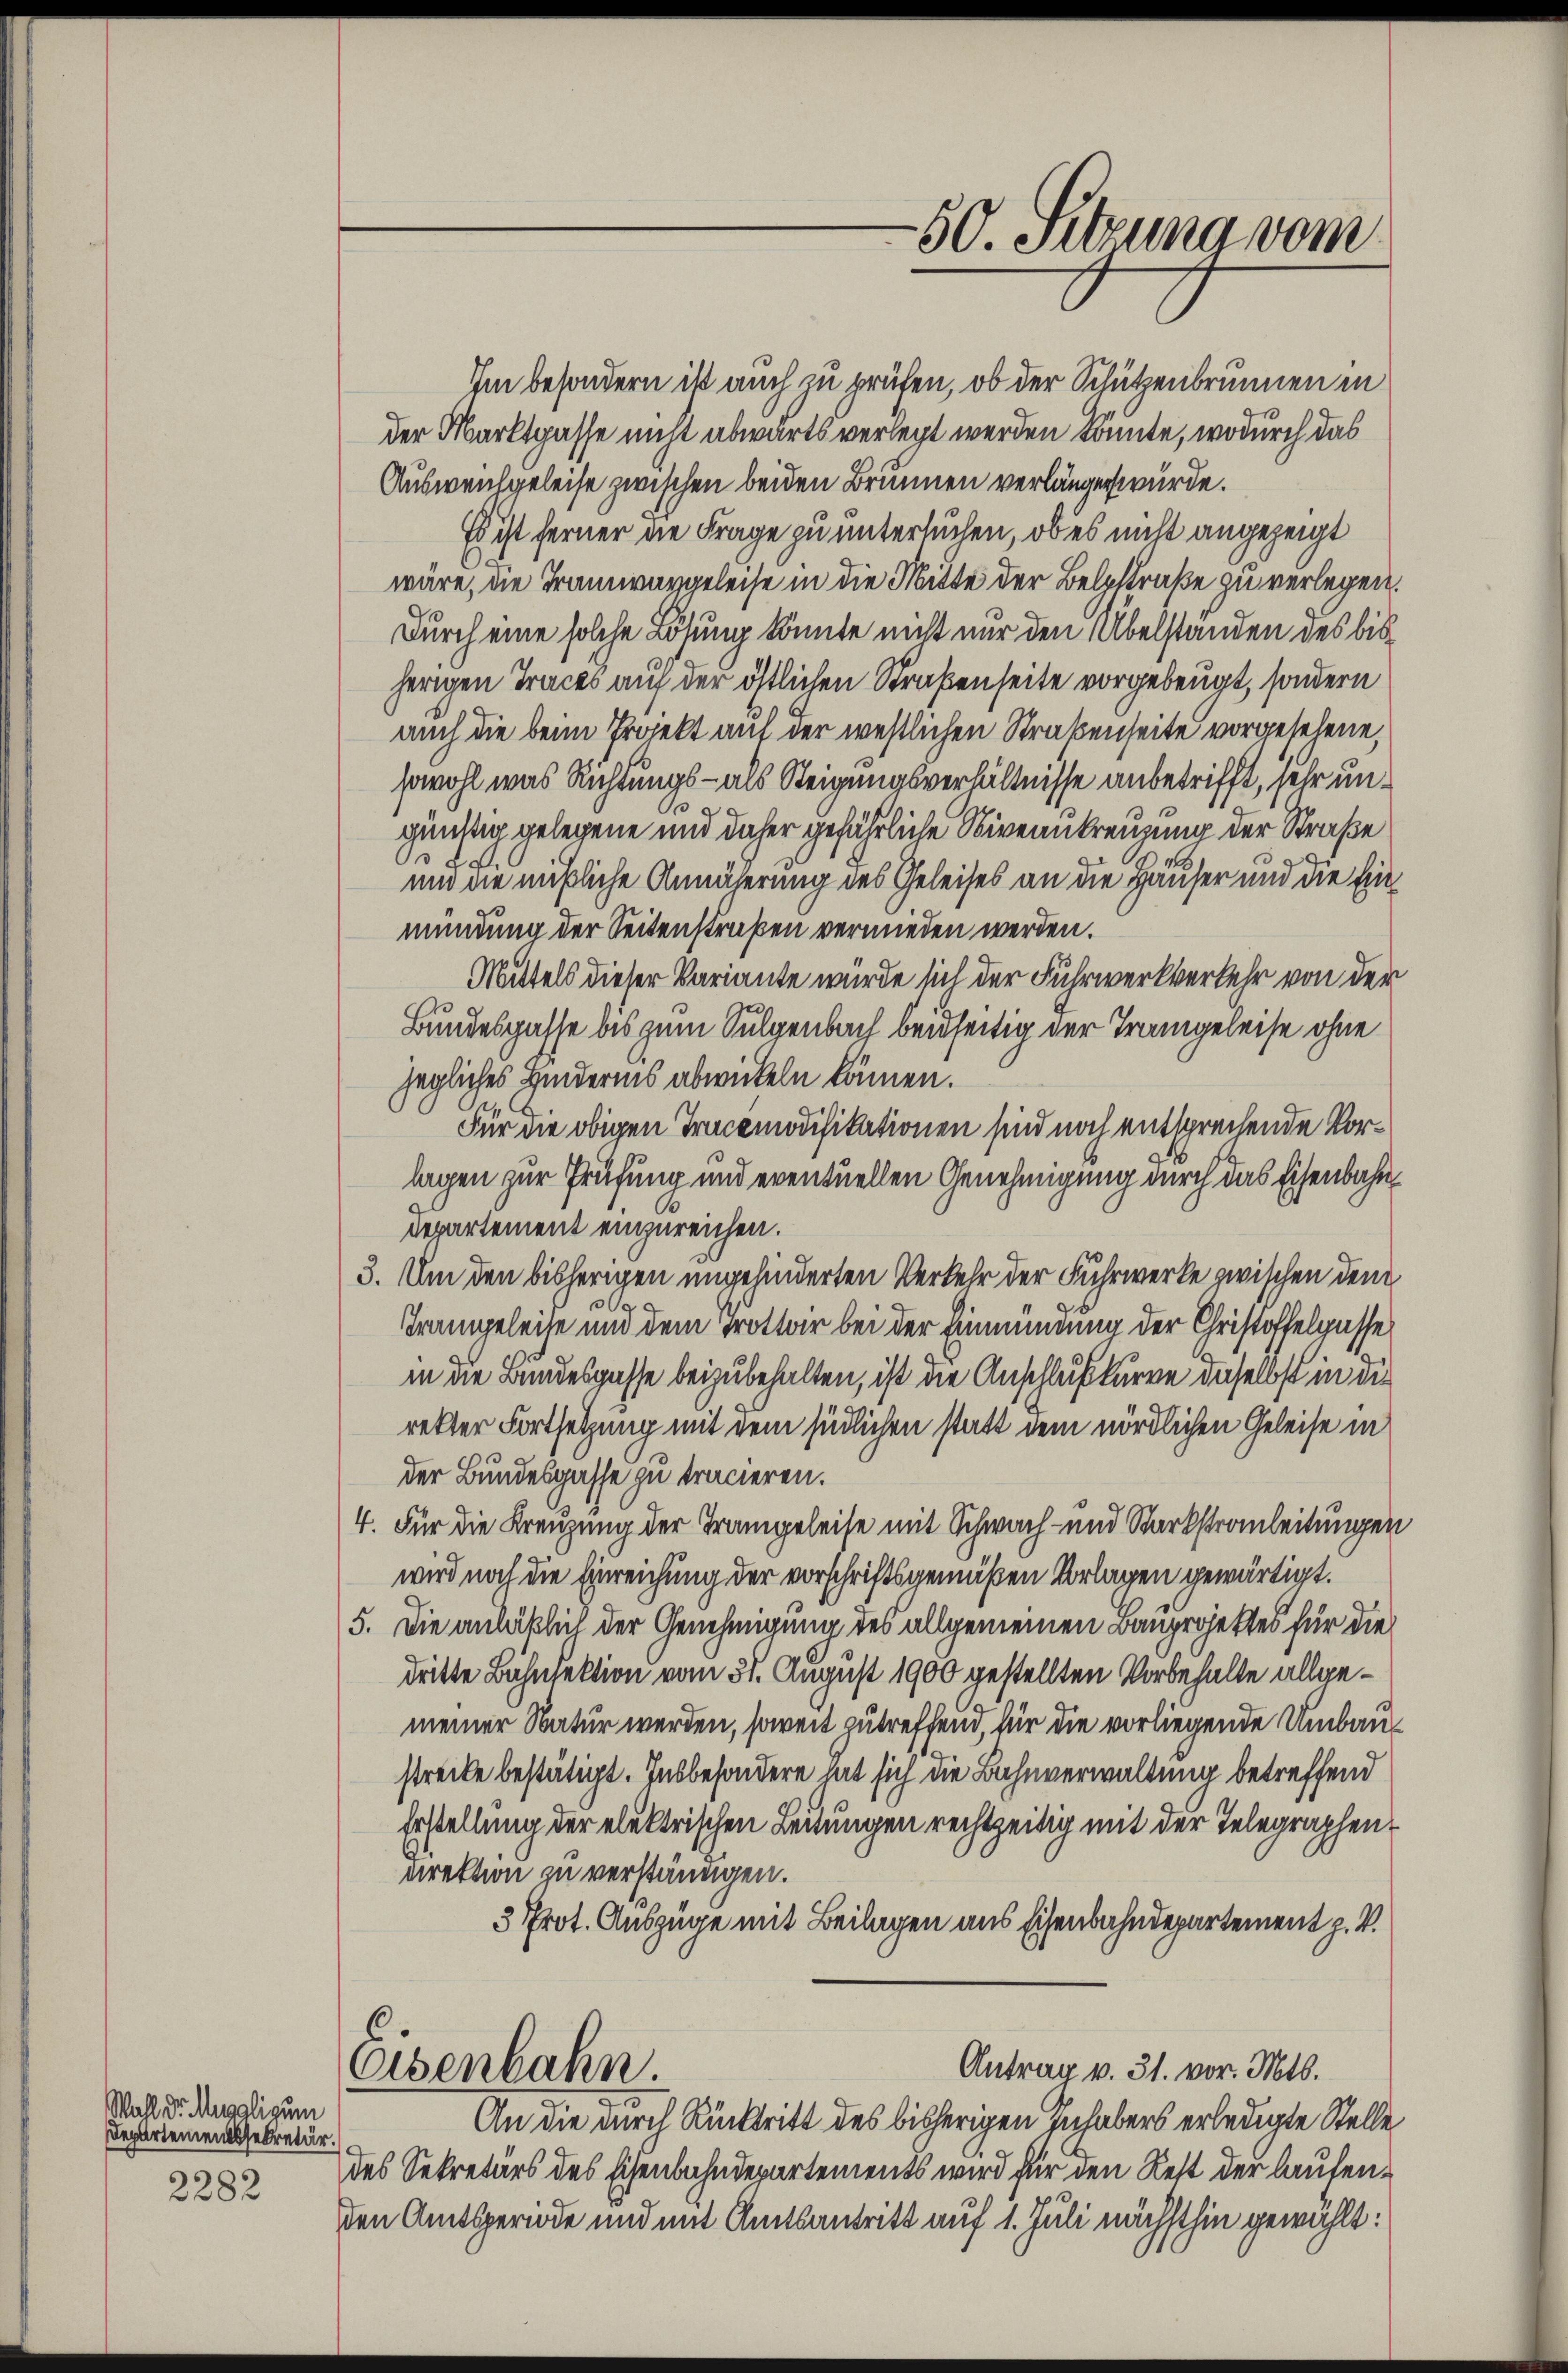
Wahl Dr. Muggli zum
Departementssekretär.
2282

Im besondern ist auch zu prüfen, ob der Schützenbrunnen in
der Marktgasse nicht abwärts verlegt werden könnte, wodurch das
Auswentgeleise zwischen beiden Brunnen verlängen würde.
Es ist ferner die Frage zu untersuchen, ob es nicht angezeigt
wäre, die Tramwargeleise in die Mitte der Belzstraße zu verlegen.
Durch eine solche Lösung könnte nicht nur den Übelstanden des bisherigen Traces auf der östlichen Straßenseite vorgebeugt, sondern
auch die beim Projekt auf der westlichen Straßenseite vorgesehene,
sowohl was Richtungs- als Steigungsverhältnisse anbetrifft, sehr un¬

günstig gelegene und daher gefährliche Niveaukreuzung der Straße
und die mißliche Annäherung des Geleises an die Häuser und die Einmündung der Seitenstraßen vermieden werden.
Mittels dieser Variante würde sich der Fuhrwerkverkehr von der
Bundesgasse bis zum Sulgenbach beidseitig der Trangeleise ohne
jegliches Hindernis abwickeln können.
Für die obigen Tracemodifikationen sind noch entsprechende Vorlagen zur Prüfung und eventuellen Genehmigung durch das Eisenbahn¬
Departement einzureichen.
3. Um den bisherigen ungehinderten Verkehr der Fuhrwerke zwischen dem
g
Trampeleite und dem Trottor bei der Emmmung der Christoffelgasse
in die Bundesgasse beizubehalten, ist die Anschlußkurre daselbst in die
rekter Fortsetzung mit dem sindlichen statt dem nördlichen Geleise in
der Bundesgasse zu tracieren.
4. Für die Kreuzung der Trangeleise mit Schwach- und Starkstrauleitungen
wird noch die Einreichung der vorschriftsgemäßen Vorlagen gewärtigt.
5. Die anläßlich der Genehmigung des allgemeinen Bauprojektes für die
dritte Bahnfektion vom 31. August 1900 gestellten Vorbehalte allgemeiner Natur werden, soweit zutreffend, für die vorliegende Umbaustrecke bestätigt. Insbesondere mit sich die Bahnverwaltung betreffend
Erstellung der elektrischen Leitungen rechtzeitig mit der Telegraphen¬
Direktion zu verständigen.
3 Prot. Auszüge mit Beilagen aus Eisenbahndepartement z. V.
Antrag v. 31. vor. Mts.
Eisenbahn.
An die durch Rücktritt des bisherigen Inhabers erledigte Stelle
des Sekretärs des Eisenbahndepartements wird für den Rest der laufenden Amtsperiode und mit Amtsantritt auf 1. Juli nächsthin gewählt:

50. Sitzuna vom